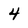
Character: 4